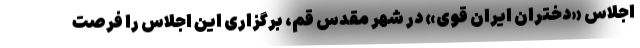
اجلاس «دختران ایران قوی» در شهر مقدس قم، برگزاری این اجلاس را فرصت